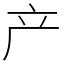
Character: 产